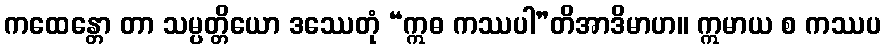
ကထေန္တော တာ သမ္ပတ္တိယော ဒဿေတုံ “ဣဓ ကဿပါ”တိအာဒိမာဟ။ ဣမာယ စ ကဿပ